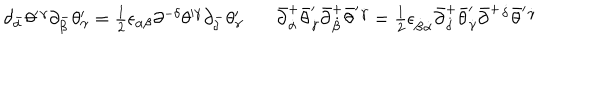
LaTeX: \begin{array} { l l } { { \partial _ { \alpha } ^ { - } \theta ^ { \prime } { } ^ { \gamma } \partial _ { \beta } ^ { - } \theta _ { \gamma } ^ { \prime } = \textstyle { \frac { 1 } { 2 } } \epsilon _ { \alpha \beta } \partial ^ { - \delta } \theta ^ { \prime \gamma } \partial _ { \delta } ^ { - } \theta _ { \gamma } ^ { \prime } ~ ~ } } & { { ~ \bar { \partial } _ { \dot { \alpha } } ^ { + } \bar { \theta } _ { \dot { \gamma } } ^ { \prime } \bar { \partial } _ { \dot { \beta } } ^ { + } \bar { \theta } ^ { \prime } { } ^ { \dot { \gamma } } = \textstyle { \frac { 1 } { 2 } } \epsilon _ { \dot { \beta } \dot { \alpha } } \bar { \partial } _ { \dot { \delta } } ^ { + } \bar { \theta } _ { \dot { \gamma } } ^ { \prime } \bar { \partial } ^ { + } { } ^ { \dot { \delta } } \bar { \theta } ^ { \prime } { } ^ { \dot { \gamma } } } } \\ \end{array}